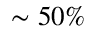
\sim 5 0 \%